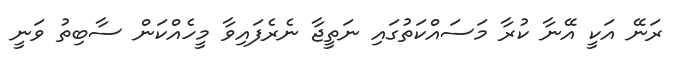
ރަނޭ އަކީ އޭނާ ކުރާ މަސައްކަތުގައި ނަތީޖާ ނެރެފައިވާ މީހެއްކަން ސާބިތު ވަނީ